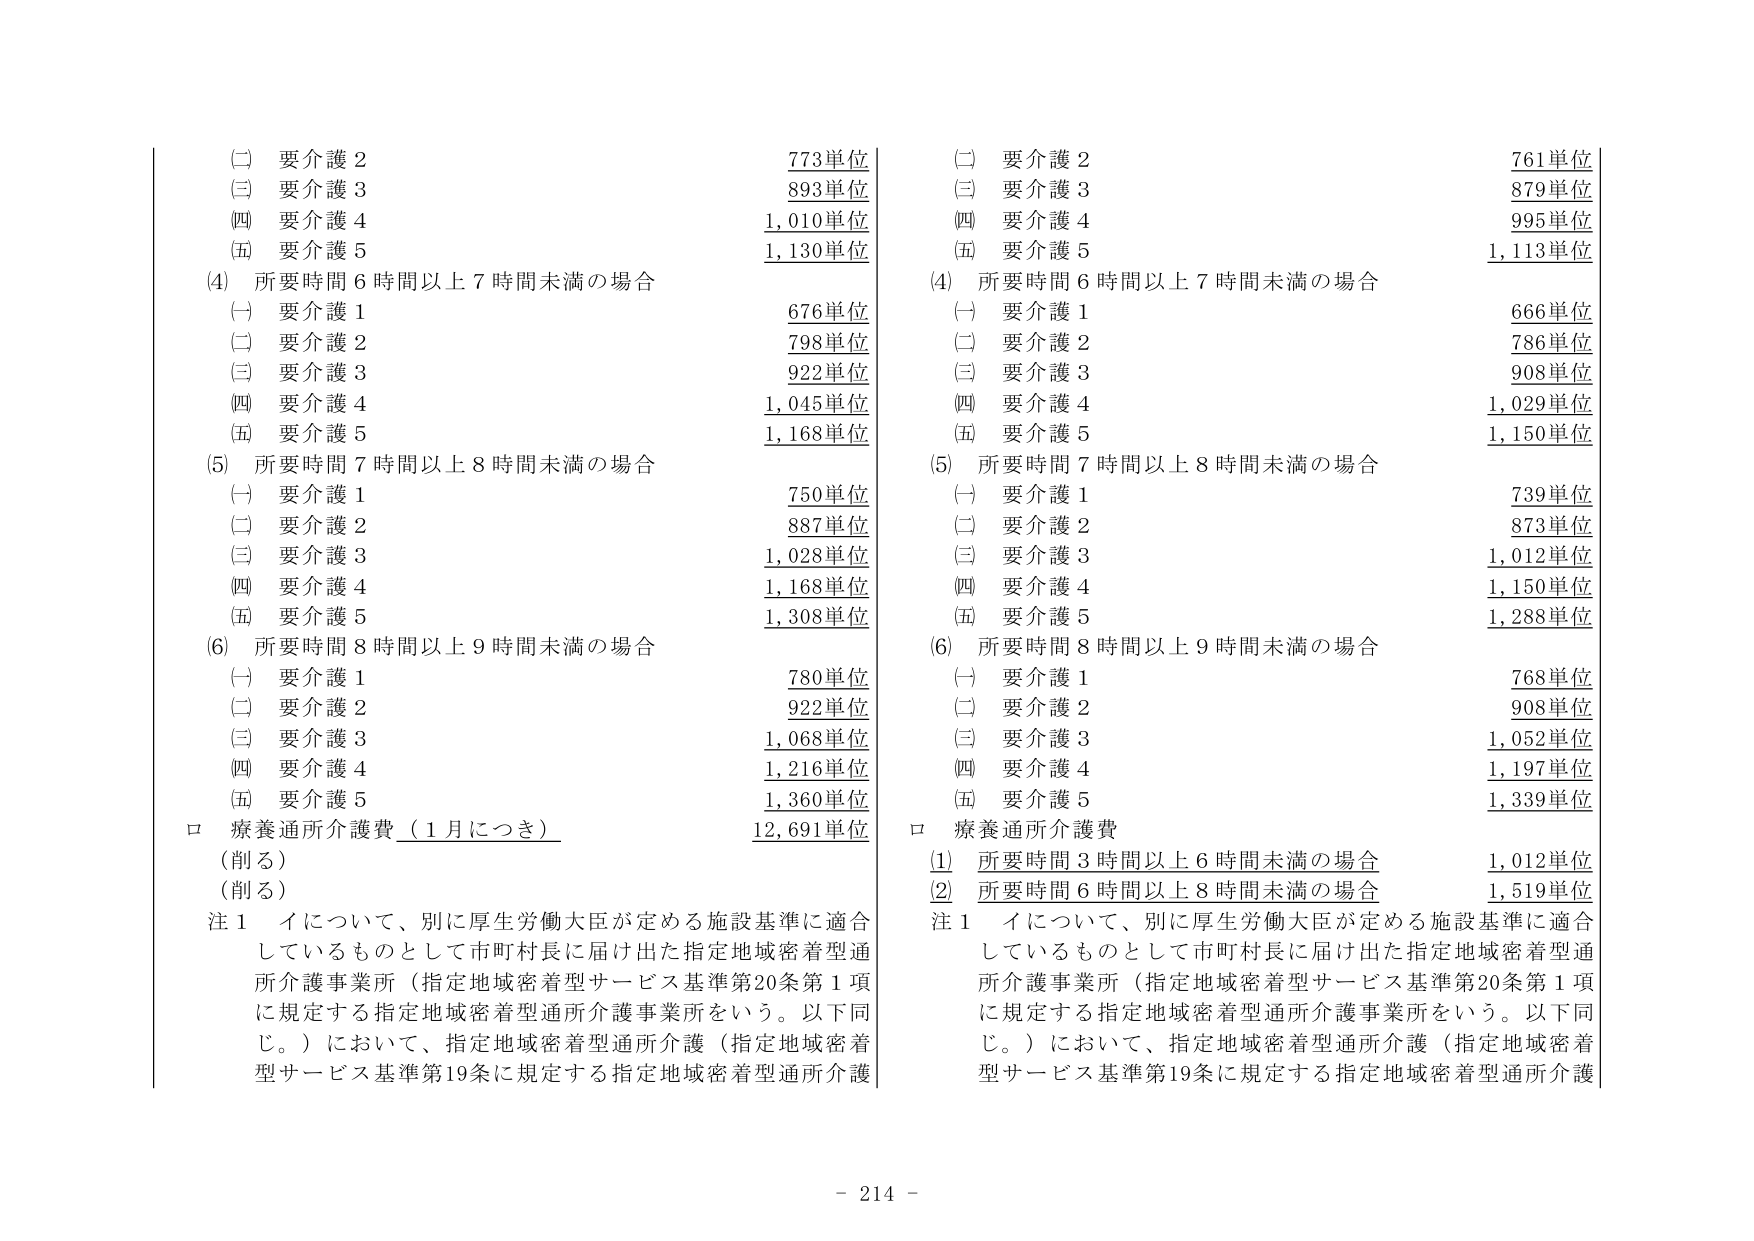
(二) 要介護 2 773単位
(三) 要介護 3 893単位
(四) 要介護 4 1,010単位
(五) 要介護 5 1,130単位
(4) 所要時間 6 時間以上 7 時間未満の場合
　(一) 要介護 1 676単位
　(二) 要介護 2 798単位
　(三) 要介護 3 922単位
　(四) 要介護 4 1,045単位
　(五) 要介護 5 1,168単位
(5) 所要時間 7 時間以上 8 時間未満の場合
　(一) 要介護 1 750単位
　(二) 要介護 2 887単位
　(三) 要介護 3 1,028単位
　(四) 要介護 4 1,168単位
　(五) 要介護 5 1,308単位
(6) 所要時間 8 時間以上 9 時間未満の場合
　(一) 要介護 1 780単位
　(二) 要介護 2 922単位
　(三) 要介護 3 1,068単位
　(四) 要介護 4 1,216単位
　(五) 要介護 5 1,360単位
ロ 療養通所介護費（1月につき） 12,691単位
（削る）
（削る）
注 1 イについて、別に厚生労働大臣が定める施設基準に適合しているものとして市町村長に届け出た指定地域密着型通所介護事業所（指定地域密着型サービス基準第20条第1項に規定する指定地域密着型通所介護事業所をいう。以下同じ。）において、指定地域密着型通所介護（指定地域密着型サービス基準第19条に規定する指定地域密着型通所介護

(二) 要介護 2 761単位
(三) 要介護 3 879単位
(四) 要介護 4 995単位
(五) 要介護 5 1,113単位
(4) 所要時間 6 時間以上 7 時間未満の場合
　(一) 要介護 1 666単位
　(二) 要介護 2 786単位
　(三) 要介護 3 908単位
　(四) 要介護 4 1,029単位
　(五) 要介護 5 1,150単位
(5) 所要時間 7 時間以上 8 時間未満の場合
　(一) 要介護 1 739単位
　(二) 要介護 2 873単位
　(三) 要介護 3 1,012単位
　(四) 要介護 4 1,150単位
　(五) 要介護 5 1,288単位
(6) 所要時間 8 時間以上 9 時間未満の場合
　(一) 要介護 1 768単位
　(二) 要介護 2 908単位
　(三) 要介護 3 1,052単位
　(四) 要介護 4 1,197単位
　(五) 要介護 5 1,339単位
ロ 療養通所介護費
　(1) 所要時間 3 時間以上 6 時間未満の場合 1,012単位
　(2) 所要時間 6 時間以上 8 時間未満の場合 1,519単位
注 1 イについて、別に厚生労働大臣が定める施設基準に適合しているものとして市町村長に届け出た指定地域密着型通所介護事業所（指定地域密着型サービス基準第20条第1項に規定する指定地域密着型通所介護事業所をいう。以下同じ。）において、指定地域密着型通所介護（指定地域密着型サービス基準第19条に規定する指定地域密着型通所介護

- 214 -